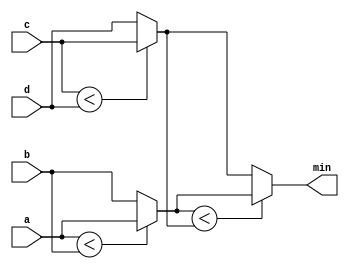
module top_module (
                input [7:0] a, b, c, d,
                output [7:0] min);
	wire [7:0] min_1,min_2;

	assign min_1 = a<b?a:b;
	assign min_2 = c<d?c:d;

	assign min = min_1<min_2?min_1:min_2;
endmodule